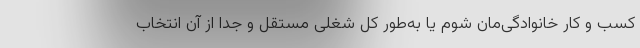
کسب و کار خانوادگی‌مان شوم یا به‌طور کل شغلی مستقل و جدا از آن انتخاب